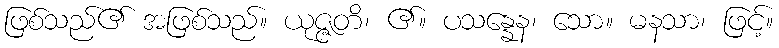
ဖြစ်သည်၏ အဖြစ်သည်။ ယုဇ္ဇတိ၊ ၏။ ပသန္နေန၊ သော။ မနသာ၊ ဖြင့်။